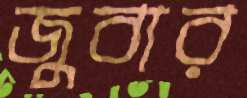
জুবার